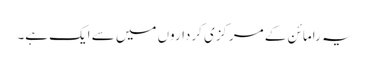
یہ رامائن کے مرکزی کرداروں میں سے ایک ہے۔